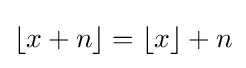
\lfloor x+n\rfloor =\lfloor x\rfloor +n